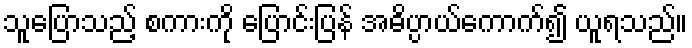
သူပြောသည့် စကားကို ပြောင်းပြန် အဓိပ္ပာယ်ကောက်၍ ယူရသည်။